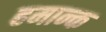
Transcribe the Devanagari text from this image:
हमान्क